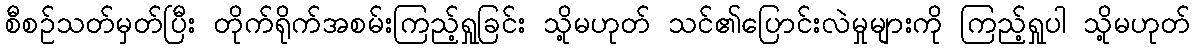
စီစဉ်သတ်မှတ်ပြီး တိုက်ရိုက်အစမ်းကြည့်ရှုခြင်း သို့မဟုတ် သင်၏ပြောင်းလဲမှုများကို ကြည့်ရှုပါ သို့မဟုတ်